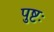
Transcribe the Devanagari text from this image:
पुष्टः